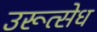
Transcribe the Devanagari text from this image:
उरूत्सेध